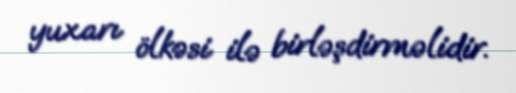
yuxarı ölkəsi ilə birləşdirməlidir.